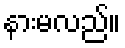
နားမလည်။